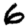
Digit: 6